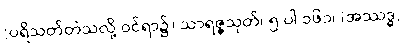
(ပရိသတ်တဲသလို့ ဝင်ရာ၌) သာရဇ္ဇသုတ်၊ ၅-ပါ-၁၆၁၊ (အဿဒ္ဓ,